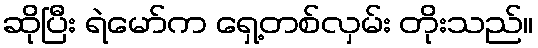
ဆိုပြီး ရဲမော်က ရှေ့တစ်လှမ်း တိုးသည်။